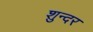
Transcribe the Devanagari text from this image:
शुन्दर